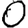
Digit: 0